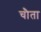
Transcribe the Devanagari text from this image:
चौता